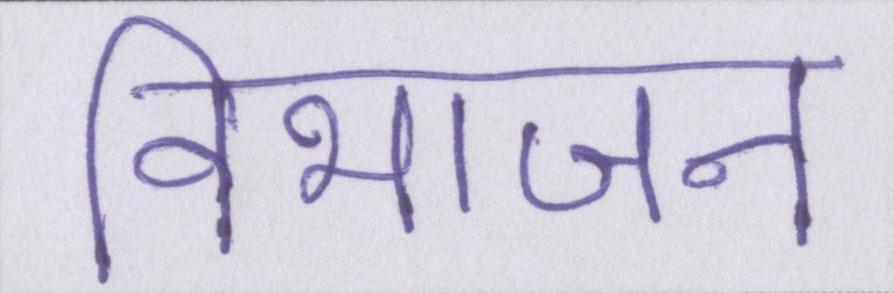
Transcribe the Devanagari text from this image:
विभाजन